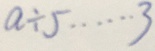
a \div 5 \cdots 3